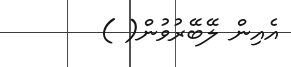
އެއިން ލޭބޭރުވުން( )